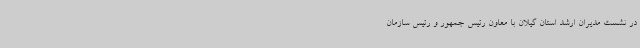
در نشست مدیران ارشد استان گیلان با معاون رئیس جمهور و رئیس سازمان